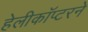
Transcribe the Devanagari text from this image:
हेलीकॉप्टरने